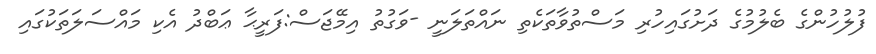
ފުލުހުންގެ ބެލުމުގެ ދަށުގައިހުރި މަސްތުވާތަކެތި ނައްތަލަނީ -ވަގުުތު އިމޭޖަސް:ފަރީޙާ ޢަބްދު އެކި މައްސަލަތަކުގައި